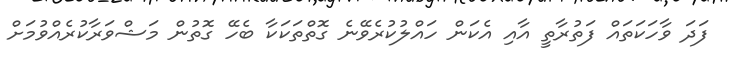
ފަދަ ވާހަކަތައް ފަތުރާތީ އާއި އެކަން ހައްލުކުރެވޭނެ ގޮތްތަކަކާ ބެހޭ ގޮތުން މަޝްވަރާކުރެއްވުމަށް